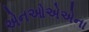
એનઓએએના